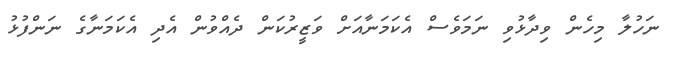
ނަހުލާ މިހެން ވިދާޅުވި ނަމަވެސް އެކަމަނާއަށް ވަޒީރުކަން ދެއްވުން އެދި އެކަމަނާގެ ނަންފުޅު